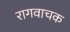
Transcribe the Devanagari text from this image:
रागवाचक